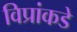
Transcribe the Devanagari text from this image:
विप्रांकडे